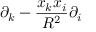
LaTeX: \partial _ { k } - { \frac { x _ { k } x _ { i } } { R ^ { 2 } } } \partial _ { i }